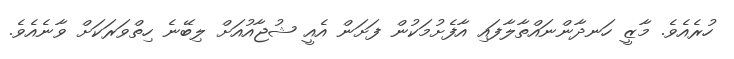
ހުރެއެވެ. މާޒީ ހަނދާންނައްތާލާފައި އާފެށުމަކުން ފަށަން އެއީ ޝުޖާއުއަށް ލިބޭނެ ހިތްވަރަކަށް ވާނެއެވެ.